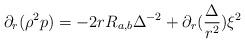
LaTeX: \begin{align*} \partial_r (\rho^2 p) = -2r R_{a,b} \Delta^{-2} + \partial_r (\frac{\Delta}{r^2}) \xi^2 \end{align*}